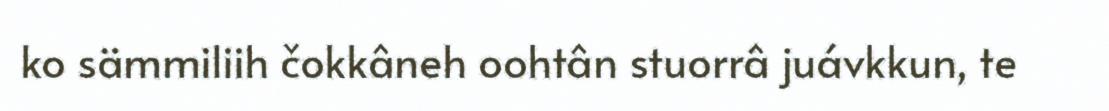
ko sämmiliih čokkâneh oohtân stuorrâ juávkkun, te